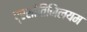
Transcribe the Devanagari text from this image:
प्रशांतिनिलयम